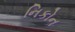
નિકોન